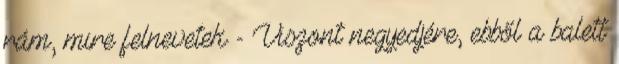
rám, mire felnevetek - Viszont negyedjére, ebből a balett